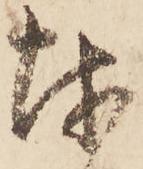
越